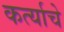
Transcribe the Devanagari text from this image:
कर्त्याचे